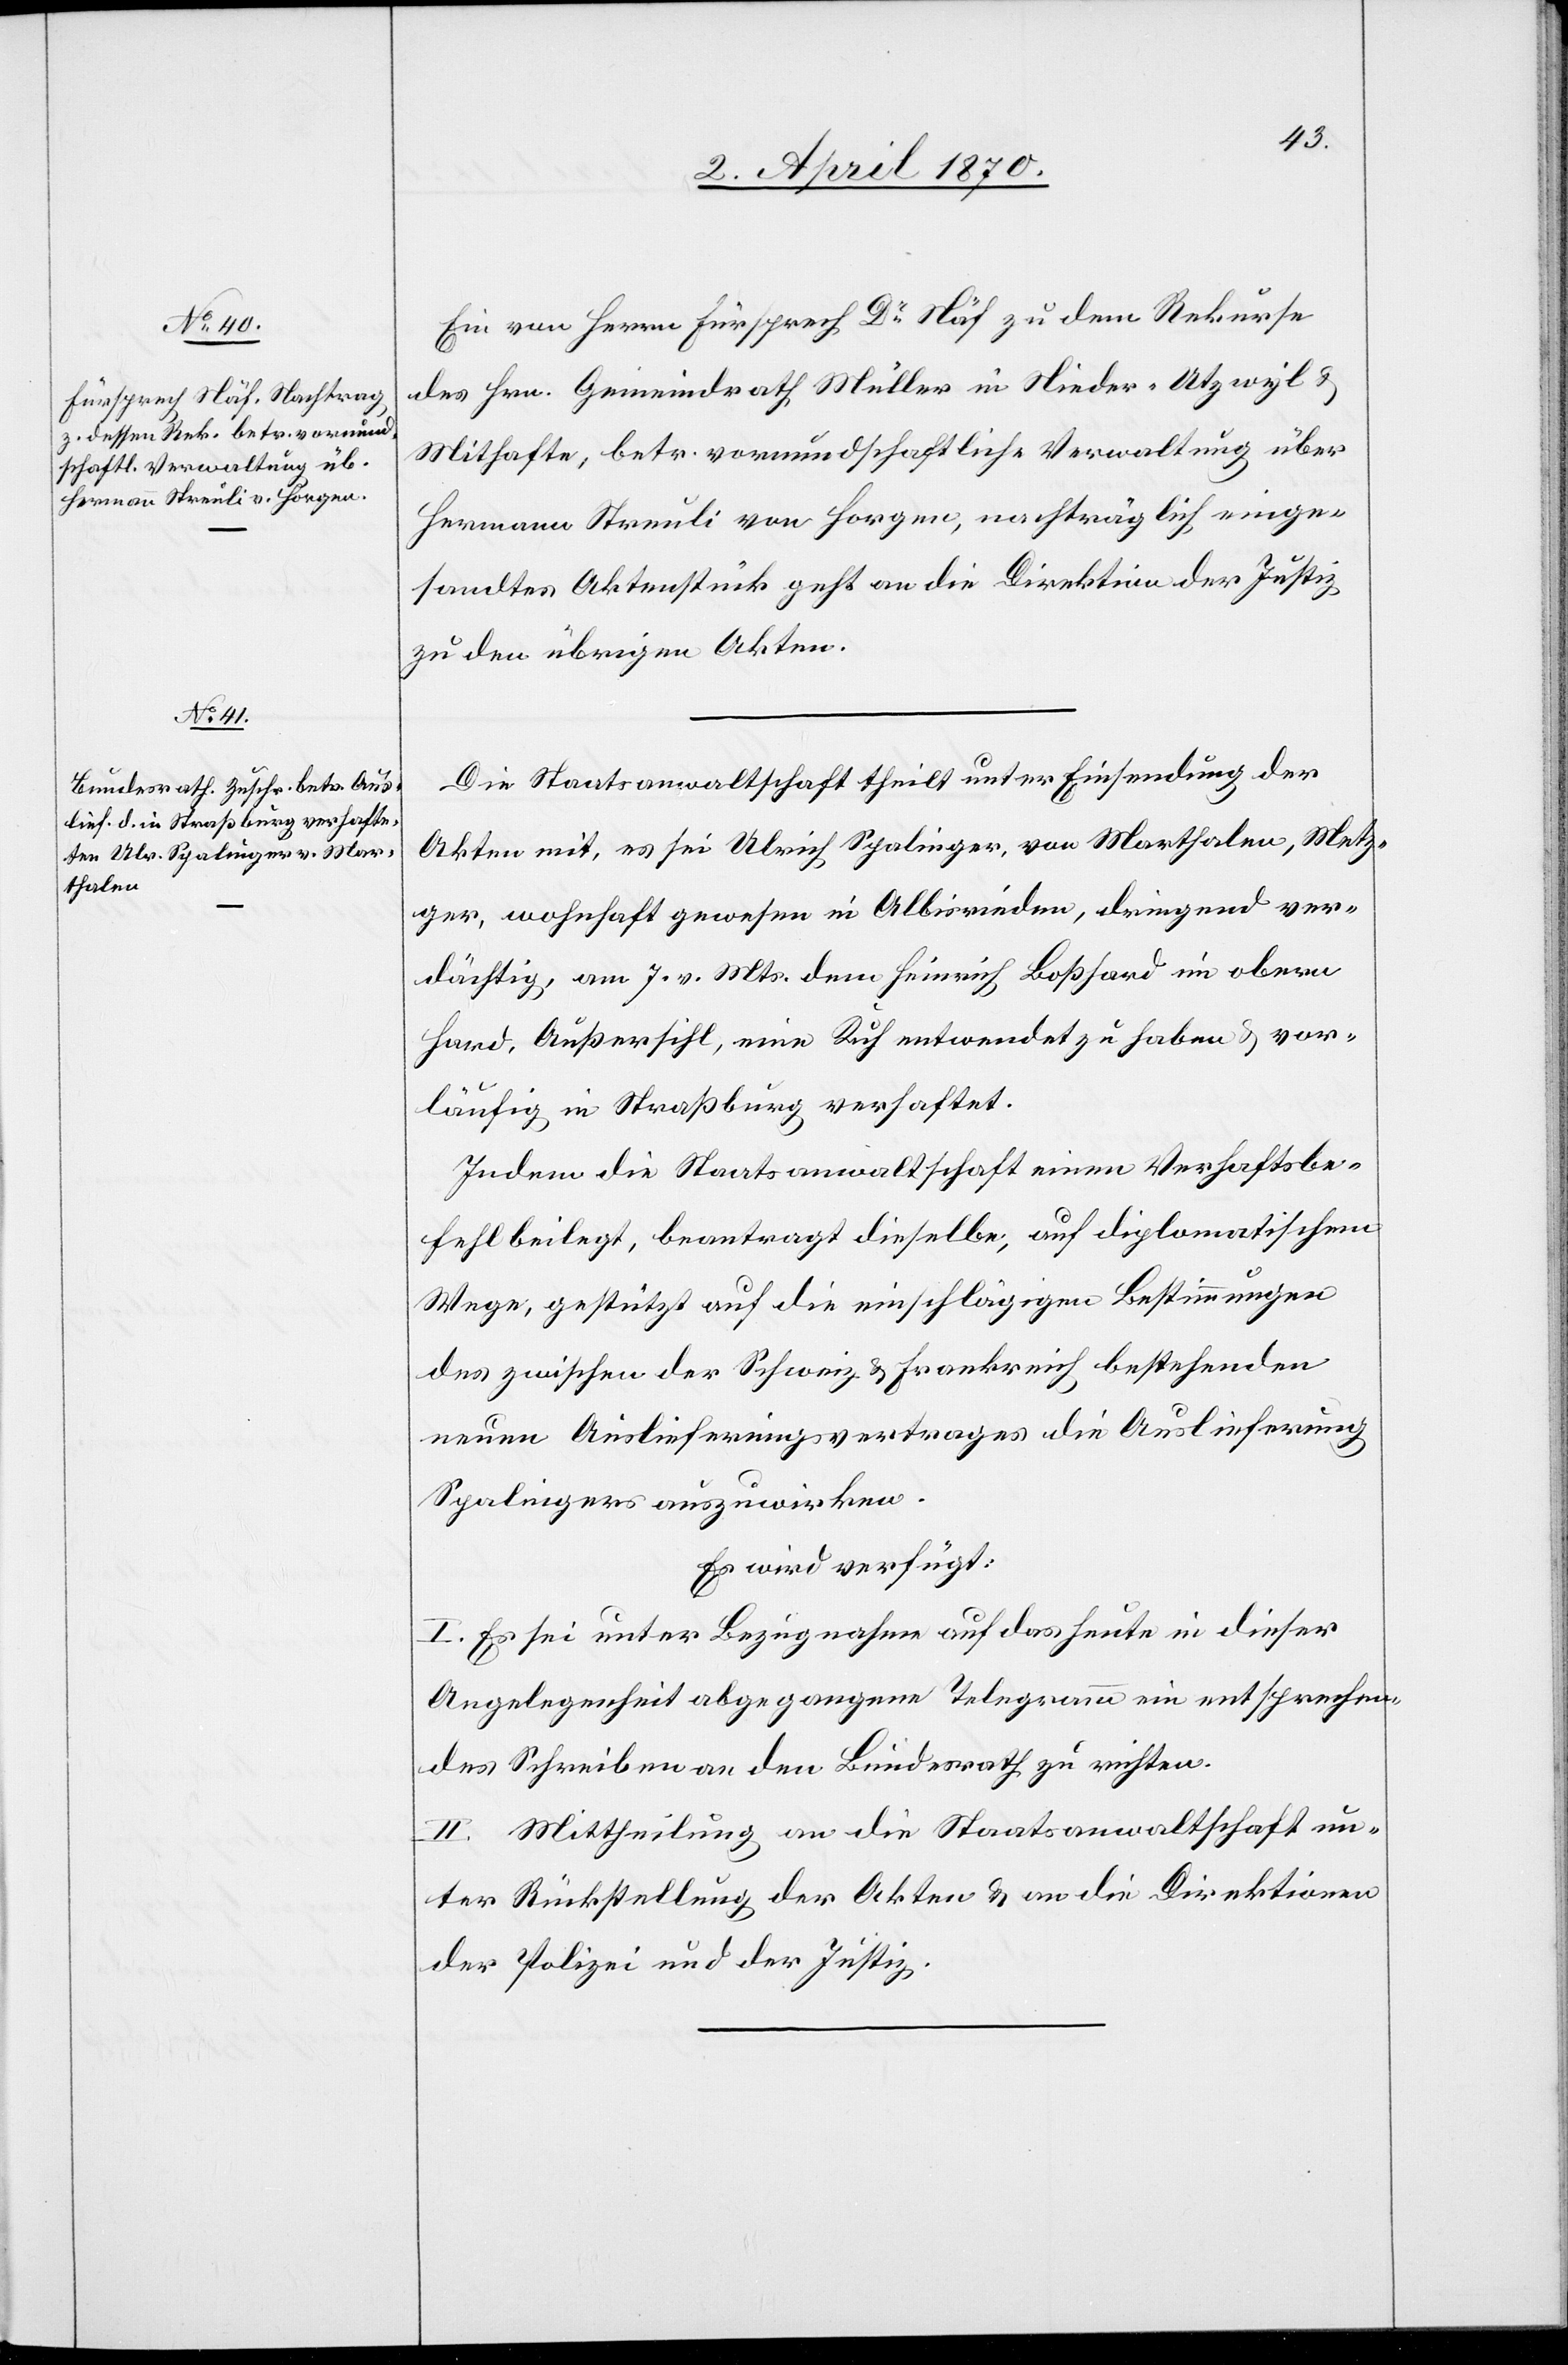
2. April 1870.]
Ein von Herrn Fürsprech Dr Näf zu dem Rekurse
des Hrn. Gemeindrath Müller in Nieder-Utzwyl &
Mithafte, betr. vormundschaftliche Verwaltung über
Hermann Streuli von Horgen, nachträglich einge¬
sandtes Aktenstück geht an die Direktion der Justiz
zu den übrigen Akten.
Die Staatsanwaltschaft theilt unter Einsendung der
Akten mit, es sei Ulrich Spalinger, von Marthalen, Metz¬
ger, wohnhaft gewesen in Albisrieden, dringend ver¬
dächtig, am 7. vor. Mts. dem Heinrich Boßhard im obern
Hard, Außersihl, eine Kuh entwendet zu haben & vor¬
läufig in Straßburg verhaftet.
Indem die Staatsanwaltschaft einen Verhaftsbe¬
fehl beilegt, beantragt dieselbe, auf diplomatischem
Wege, gestützt auf die einschlägigen Bestimmungen
des zwischen der Schweiz & Frankreich bestehenden
neuen Auslieferungsvertrages die Auslieferung
Spalingers auszuwirken.
Es wird verfügt:
I. Es sei unter Bezugnahme auf das heute in dieser
Angelegenheit abgegangene Telegramm ein entsprechen¬
des Schreiben an den Bundesrath zu richten.
II. Mittheilung an die Staatsanwaltschaft un¬
ter Rückstellung der Akten & an die Direktion
der Polizei und der Justiz.